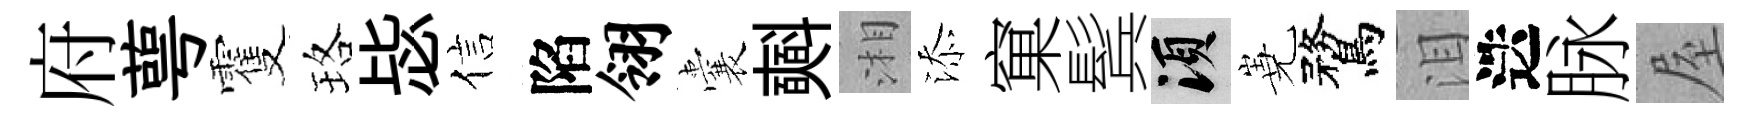
府萼䨥珞毖信陷翎囊𣂏湘添窠鬂須嶤鶩泪迭脉屋